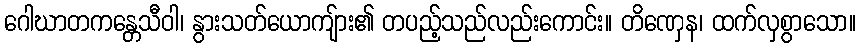
ဂေါဃာတကန္တေသီဝါ၊ နွားသတ်ယောကျ်ား၏ တပည့်သည်လည်းကောင်း။ တိဏှေန၊ ထက်လှစွာသော။